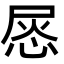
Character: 𢚪